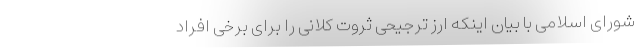
شورای اسلامی با بیان اینکه ارز ترجیحی ثروت کلانی را برای برخی افراد